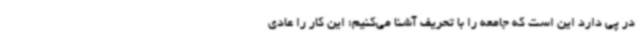
در پی دارد این است که جامعه را با تحریف آشنا می‌کنیم؛ این کار را عادی